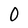
Character: O